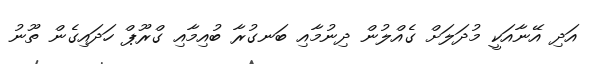
އަދި އޭނާއަކީ މުދަލަށް ގެއްލުން ދިނުމާއި ބަނގުރާ ބުއިމާއި ގްރޫޕް ހަދައިގެން ތޫނު